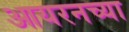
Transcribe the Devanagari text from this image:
आयरनच्या